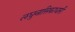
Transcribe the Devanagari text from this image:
लघुनासिकाधारी